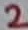
Text: 2